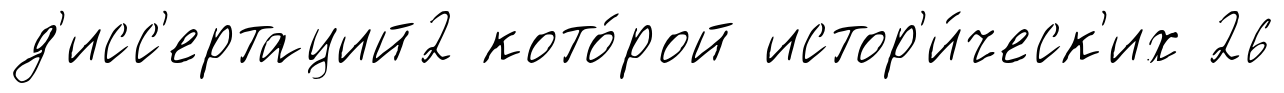
д'исс'ертаций2 кото́рой истор'и́ческ'их 26